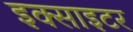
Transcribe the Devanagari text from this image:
इक्साइटर